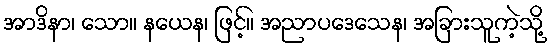
အာဒိနာ၊ သော။ နယေန၊ ဖြင့်။ အညာပဒေသေန၊ အခြားသူကဲ့သို့